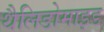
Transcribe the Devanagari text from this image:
थैलिडोमाइड